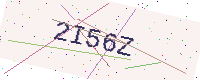
Text: 2I56Z